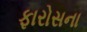
ફારોસના